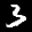
Label: 3